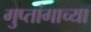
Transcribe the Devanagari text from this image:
गुप्तांगाच्या